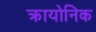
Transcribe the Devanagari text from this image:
क्रायोनिक